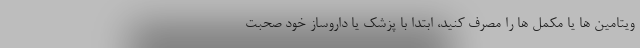
ویتامین ها یا مکمل ها را مصرف کنید، ابتدا با پزشک یا داروساز خود صحبت